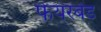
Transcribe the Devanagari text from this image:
फेयरबेंड